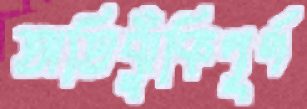
অতিঝুঁকিপূর্ণ